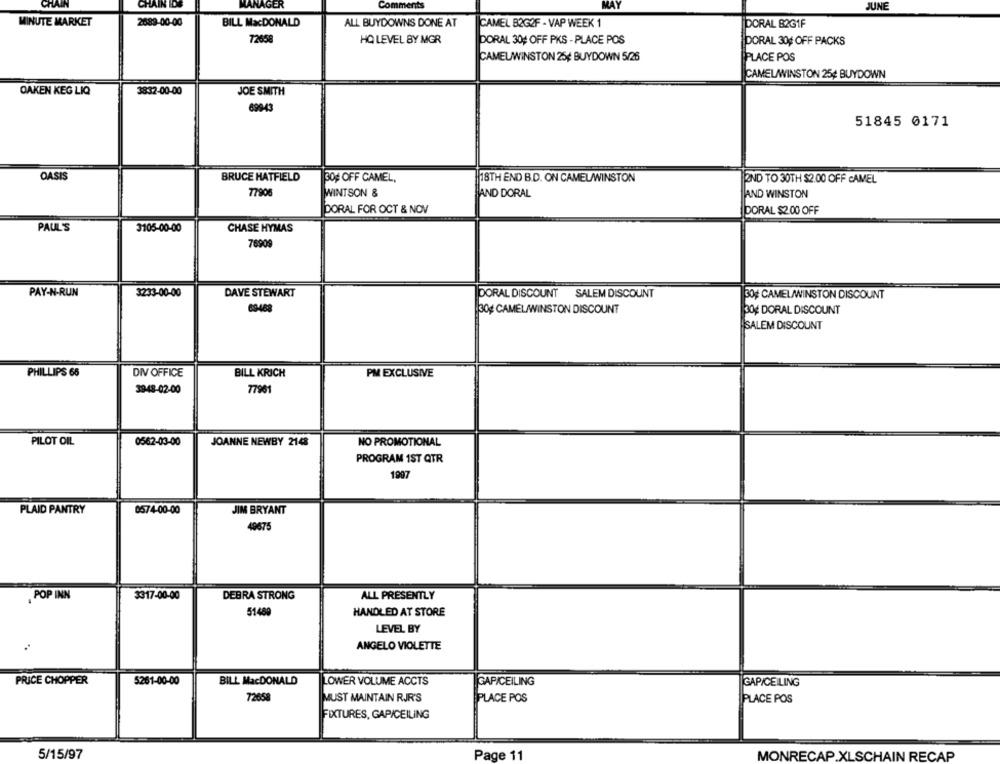
CHAIN
CHAIN IDS
MANAGER
Comments
MAY
JUNE
MINUTE MARKET
2689-00-00
BILL MacDONALD
ALL BUYDOWNS DONE AT
CAMEL B2G2F - VAP WEEK 1
DORAL 82G1F
72658
HO LEVEL BY MGR
DORAL 30# OFF PKS - PLACE POS
DORAL 30% OFF PACKS
CAMELWINSTON 25¢ BUYDOWN 5/26
PLACE POS
CAMELAWINSTON 25¢ BUYDOWN
OAKEN KEG LIQ
3832-00-00
JOE SMITH
6994
51845 0171
OASIS
BRUCE HATFIELD
30# OFF CAMEL.
18TH END B.D. ON CAMELWINSTON
AND TO 30TH $2.00 OFF CAMEL
WINTSON &
77908
AND DORAL
AND WINSTON
DORAL FOR OCT & NOV
DORAL $2.00 OFF
PAUL'S
3105-00-00
CHASE HYMAS
76909
PAY-N-RUN
3233-00-00
DAVE STEWART
DORAL DISCOUNT SALEM DISCOUNT
30# CAMEL/WINSTON DISCOUNT
69468
30# CAMEL/WINSTON DISCOUNT
30# DORAL DISCOUNT
SALEM DISCOUNT
PHILLIPS 65
DIV OFFICE
BILL KRICH
PM EXCLUSIVE
77961
3948-02-00
PILOT OIL
0562-03-00
JOANNE NEWBY 2148
NO PROMOTIONAL
PROGRAM 1ST QTR
1997
PLAID PANTRY
0574-00-00
JIM BRYANT
49675
POP INN
3317-00-00
DEBRA STRONG
ALL PRESENTLY
51489
HANDLED AT STORE
LEVEL BY
ANGELO VIOLETTE
BILL MacDONALD
LOWER VOLUME ACCTS
PRICE CHOPPER
5261-00-00
GAP/CEILING
GAP/CEILING
72658
MUST MAINTAIN RJR'S
PLACE POS
PLACE POS
FIXTURES, GAP/CEILING
5/15/97
Page 11
MONRECAP.XLSCHAIN RECAP